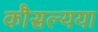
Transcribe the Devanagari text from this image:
कौसल्यया